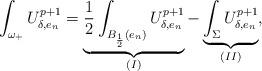
LaTeX: \begin{align*}\int_{\omega_+} U_{\delta,e_n}^{p+1}= \underbrace{\frac{1}{2}\int_{B_\frac{1}{2}(e_n)} U_{\delta,e_n}^{p+1}}_{(I)}- \underbrace{\int_{\Sigma} U_{\delta,e_n}^{p+1}}_{(II)},\end{align*}